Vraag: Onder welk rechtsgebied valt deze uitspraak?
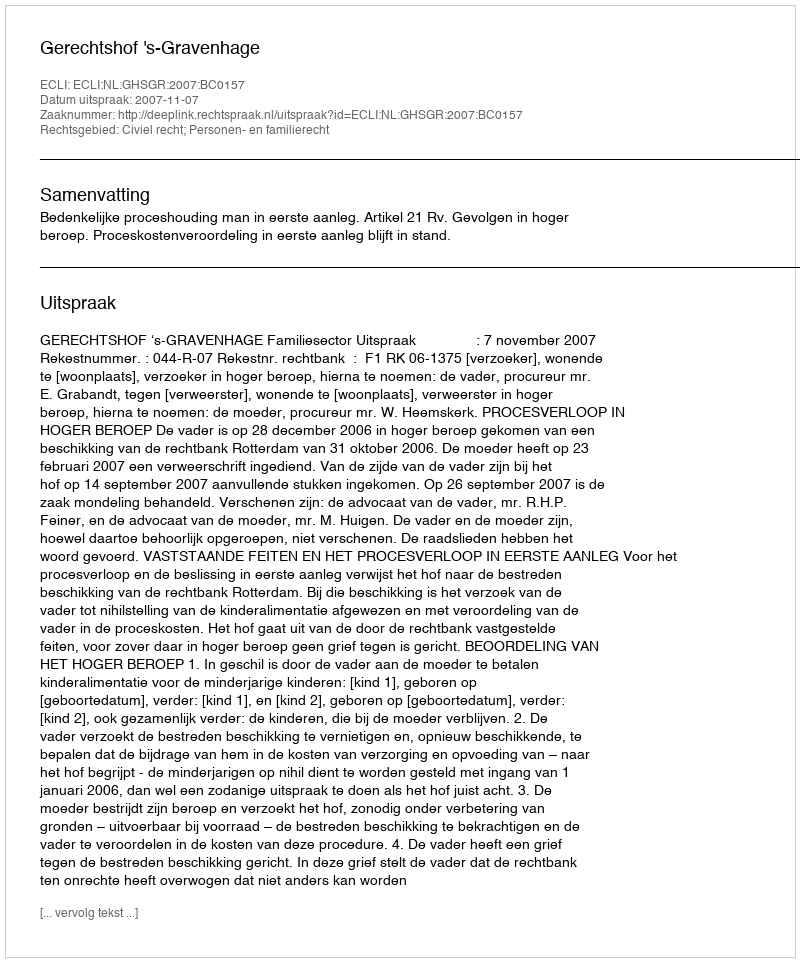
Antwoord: Civiel recht; Personen- en familierecht